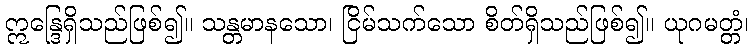
ဣန္ဒြေရှိသည်ဖြစ်၍။ သန္တမာနသော၊ ငြိမ်သက်သော စိတ်ရှိသည်ဖြစ်၍။ ယုဂမတ္တံ၊